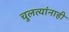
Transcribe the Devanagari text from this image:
चुलत्यांनाही